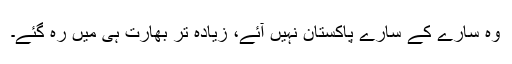
وہ سارے کے سارے پاکستان نہیں آئے، زیادہ تر بھارت ہی میں رہ گئے۔